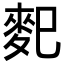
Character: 𪌄